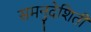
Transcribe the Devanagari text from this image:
समनुदेशिती